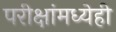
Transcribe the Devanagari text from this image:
परीक्षांमध्येही